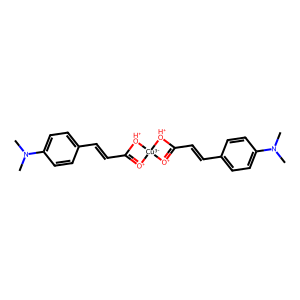
SMILES: CN(C)c1ccc(C=CC2=[O+][Cu-3]3([O+]=C(C=Cc4ccc(N(C)C)cc4)[OH+]3)[OH+]2)cc1
Inhibits HIV replication: No